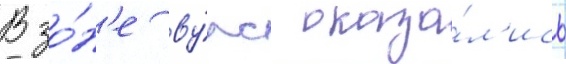
В зо́н'е ву́рс оказа́л'ись